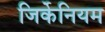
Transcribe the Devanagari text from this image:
जिर्केनियम